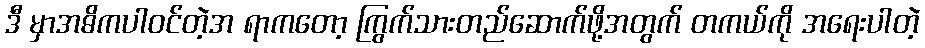
ဒီ မှာအဓိကပါဝင်တဲ့အ ရာကတော့ ကြွက်သားတည်ဆောက်ဖို့အတွက် တကယ်ကို အရေးပါတဲ့